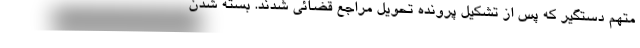
متهم دستگیر که پس از تشکیل پرونده تحویل مراجع قضائی شدند. بسته شدن